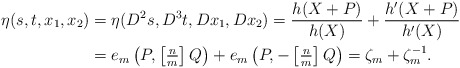
\begin{align*} \eta(s,t,x_{1},x_{2}) & = \eta(D^{2}s,D^{3}t,Dx_{1},Dx_{2}) = \frac{h(X+P)}{h(X)}+\frac{h'(X+P)}{h'(X)}\\ & = e_{m}\left(P,\left[\tfrac{n}{m}\right]Q\right)+e_{m}\left(P,-\left[\tfrac{n}{m}\right]Q\right)=\zeta_{m}+\zeta_{m}^{-1}. \end{align*}